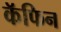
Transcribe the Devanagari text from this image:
कॅफिन